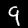
Label: 9